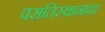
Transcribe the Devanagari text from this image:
वसतिस्थानाचा